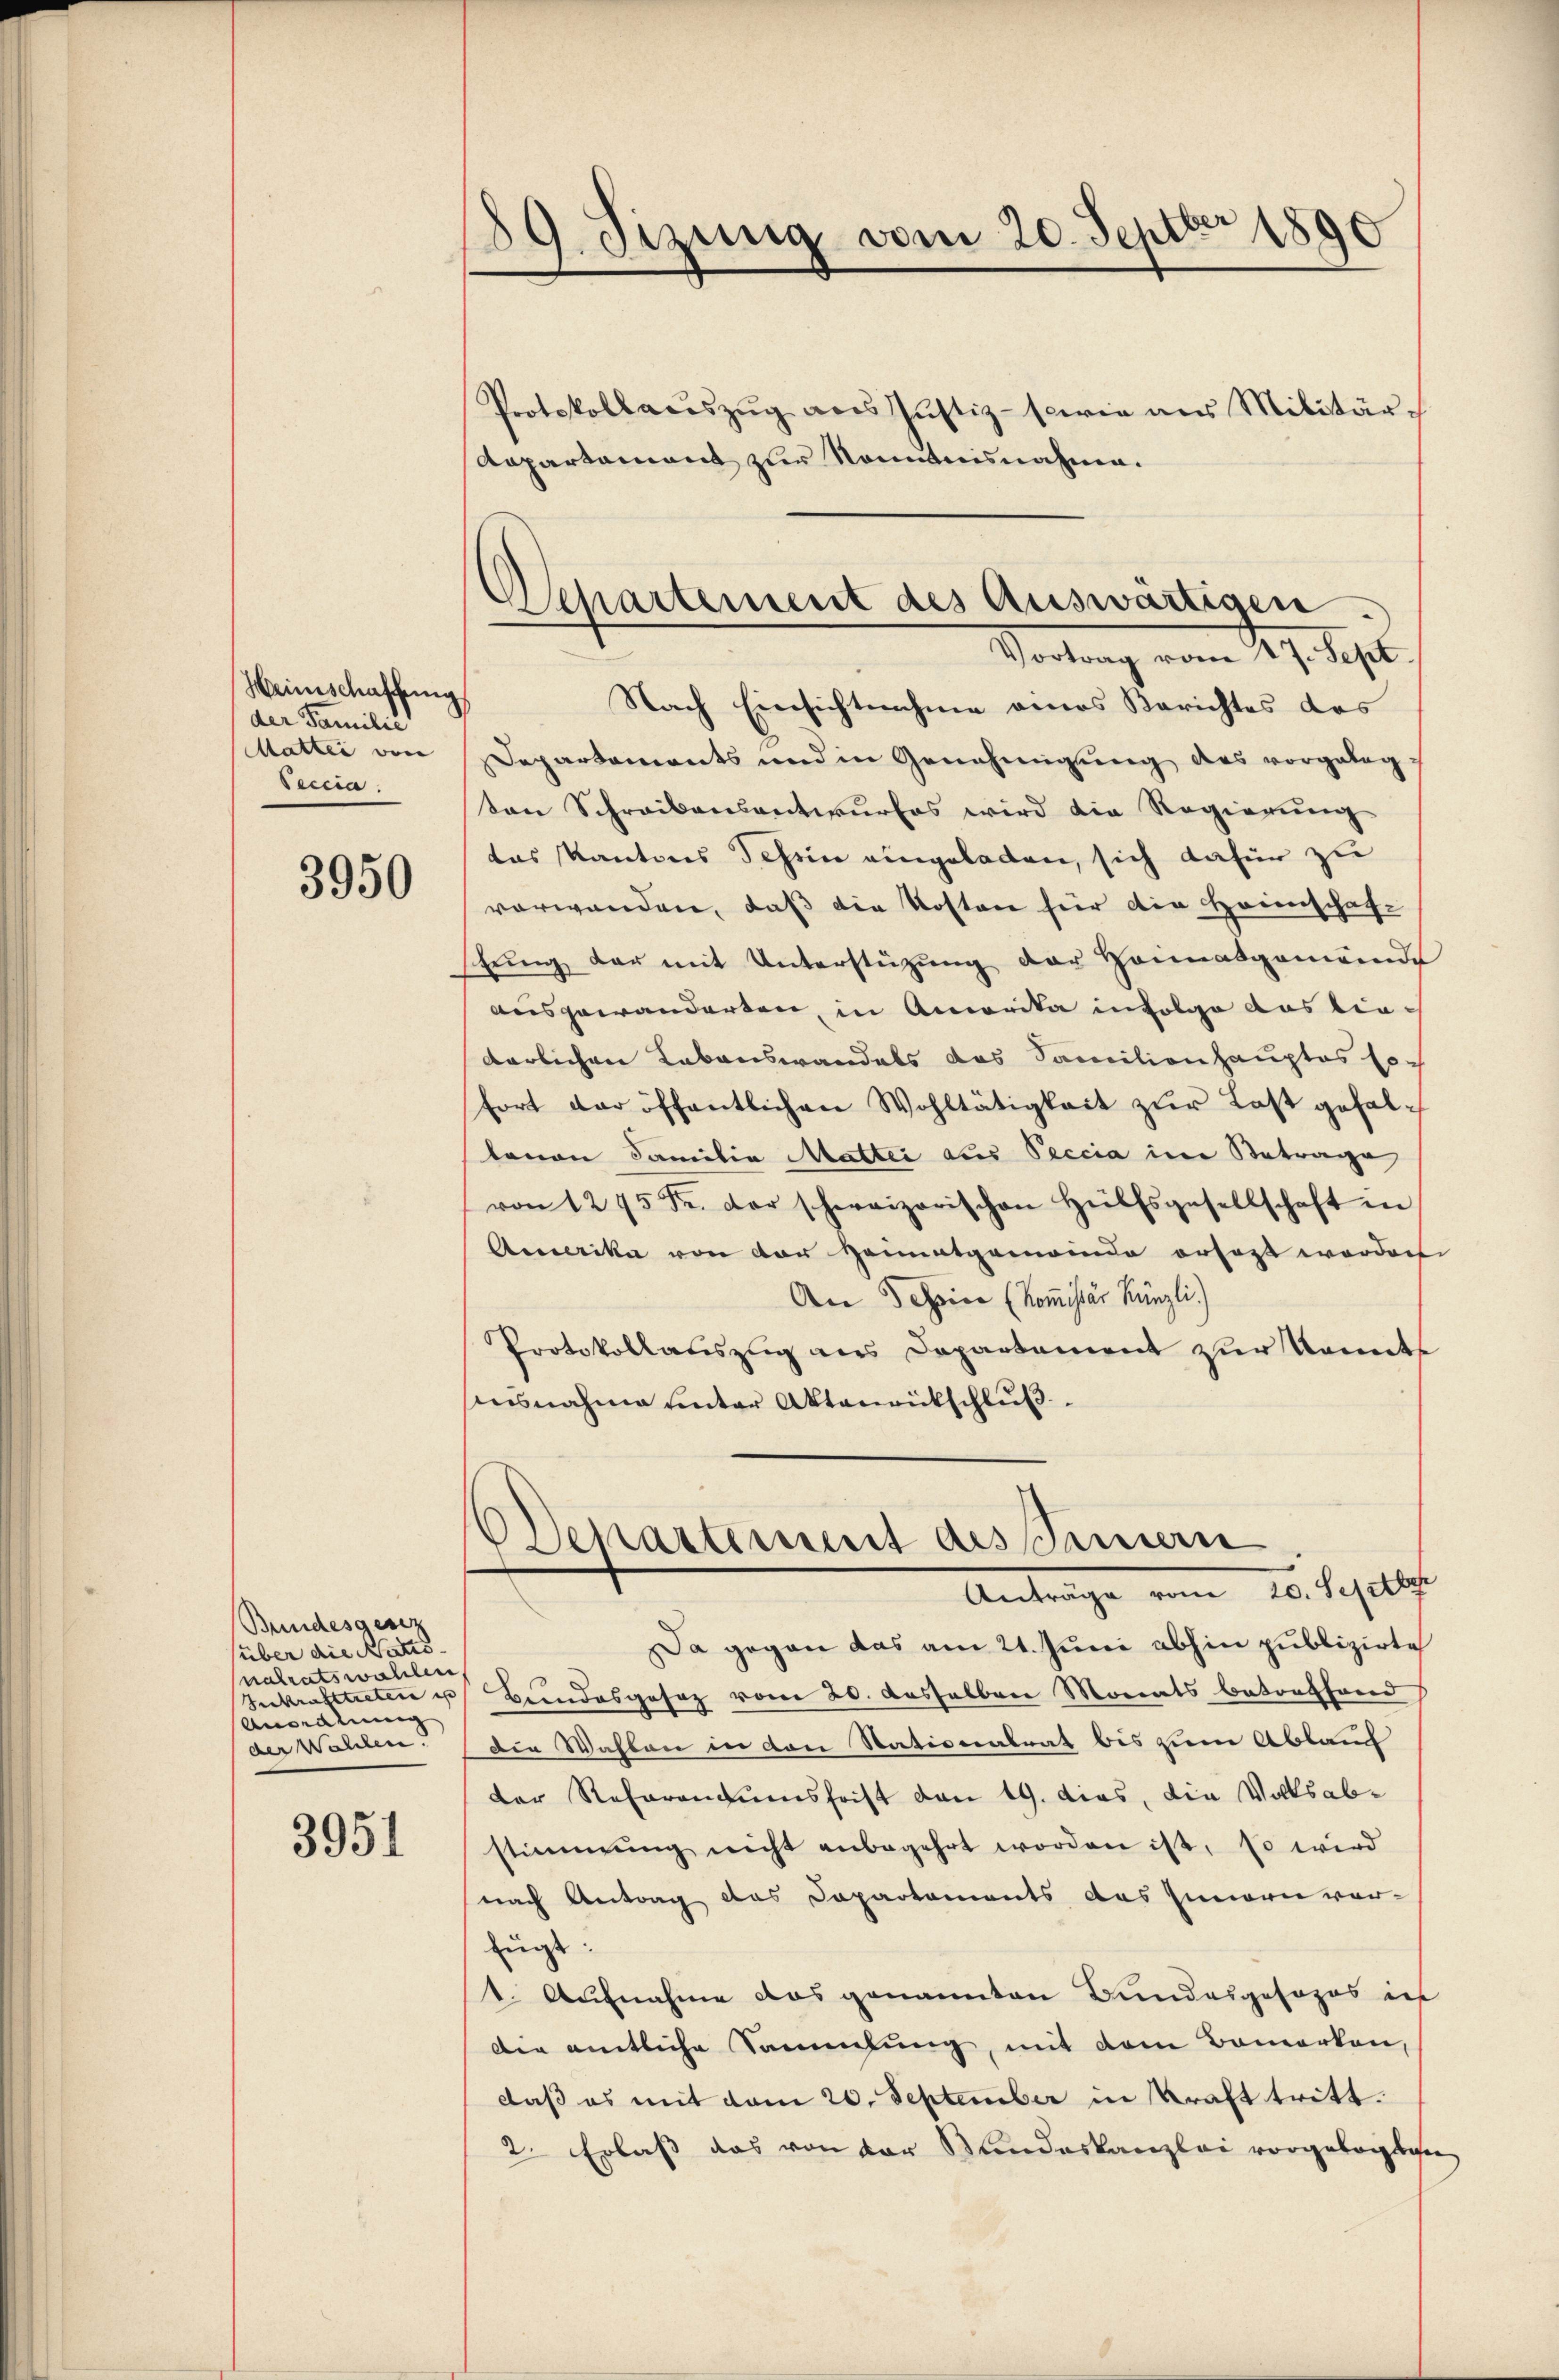
Weinschaffung
der Familie
Matter von
Seccia.

3950

Bundesgesez
über die Natio
nalratswahlen,
Inkrafttretere is
Anordnung
der Wahlen.

3951

880
39. Sizung vom 20. Septber

Protokollauszug aus Justiz- sowie aus Militär-
Aapartement zur Kenntnisnahme.

Departement des Auswärtigen.
Vortung vom 17. Sept.

Nach Einsichtnahme eines Berichtes des
Departements und in Genehmigung des vorgelege
ton Schreibensentwurfes wird die Regierung
das Kantons Schein eingeladen, sich dafür zu
vorwanden, daß die Kosten für die Heimschaf-
stŭng der mit Unterstützŭng der Heimatgemeinde
ausgewanderten, in Amerika infolge das biedarlichen Lebenswandels das Familienhauptes sofort der öffentlichen Wohltätigkeit zur Last gefallamon Familia Matter aus Peccia in Betrage
von 1275 Fr. der schweizerischen Hülfsgesellschaft in
Amerika von der Heimatgemeinde ersagt worden.
An 3 Spico (Kom̅issär Künzli.)
Protokollauszug aus Departement zur konnte
Ausnahme unter Aktenrückschluß
OSchartement des Sinnern
Anträge vom 16. Sepells
Da gegen das am 21. Juni abhin publizirte
Bundesgesez vom 20. desselben Monats betreffend
Die Wahlen in den Stationalrat bis zum Ablauf
der Referandumsfrist den 19. dies, die Volksabstimmung nicht anbegehrt worden ist, so wird
nach Antrag das Departements das Innern vor-
fügt:
1. Aufnahme das genannten Bundesgesezes in
Die amtliche Sammlung, mit dem Bemerken,
daß es mit dem 20. September in Kraft tritt.
2. Erlass das von der Bundeskanzlei vorgelegten